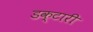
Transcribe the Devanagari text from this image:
डक्टारी